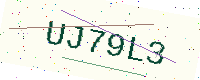
Text: UJ79L3